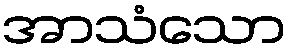
အာသံသော